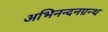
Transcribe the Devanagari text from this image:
अभिनन्दनग्रन्थ